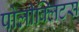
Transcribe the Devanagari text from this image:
पोलीक्लिटस